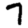
Digit: 7